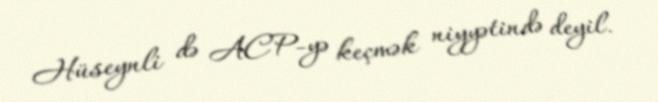
Hüseynli də ACP-yə keçmək niyyətində deyil.